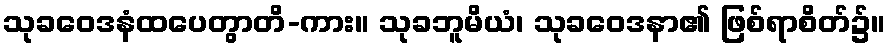
သုခဝေဒနံထပေတွာတိ-ကား။ သုခဘူမိယံ၊ သုခဝေဒနာ၏ ဖြစ်ရာစိတ်၌။